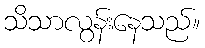
သိသာလွန်းနေသည်။